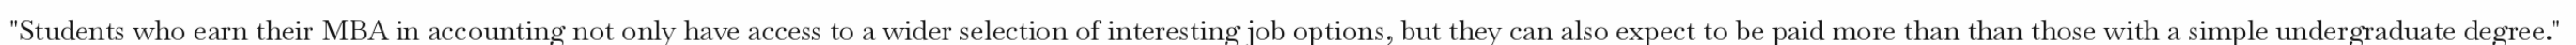
"Students who earn their MBA in accounting not only have access to a wider selection of interesting job options, but they can also expect to be paid more than than those with a simple undergraduate degree."